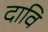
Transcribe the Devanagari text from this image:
दावि